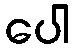
ပေါ